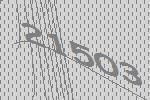
21503